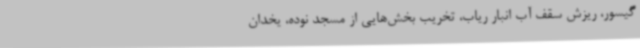
گیسور، ریزش سقف آب انبار ریاب، تخریب بخش‌هایی از مسجد نوده، یخدان